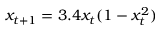
x _ { t + 1 } = 3 . 4 x _ { t } ( 1 - x _ { t } ^ { 2 } )